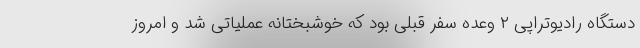
دستگاه رادیوتراپی ۲ وعده سفر قبلی بود که خوشبختانه عملیاتی شد و امروز